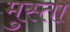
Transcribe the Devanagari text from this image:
मुस्ता